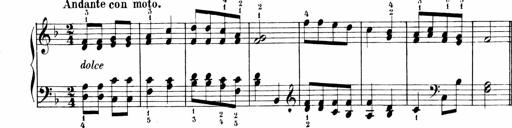
Title: 6 Liedersonatinen
Composer: Carl Reinecke